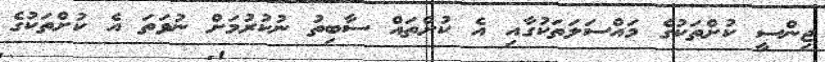
ޖިންސީ ކުށްތަކުގެ މައްސަލަތަކުގާއި އެ ކުށްތައް ސާބިތު ނުކުރުމަށް ނުވަތަ އެ ކުށްތަކުގެ